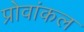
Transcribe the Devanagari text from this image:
प्रोवांकल